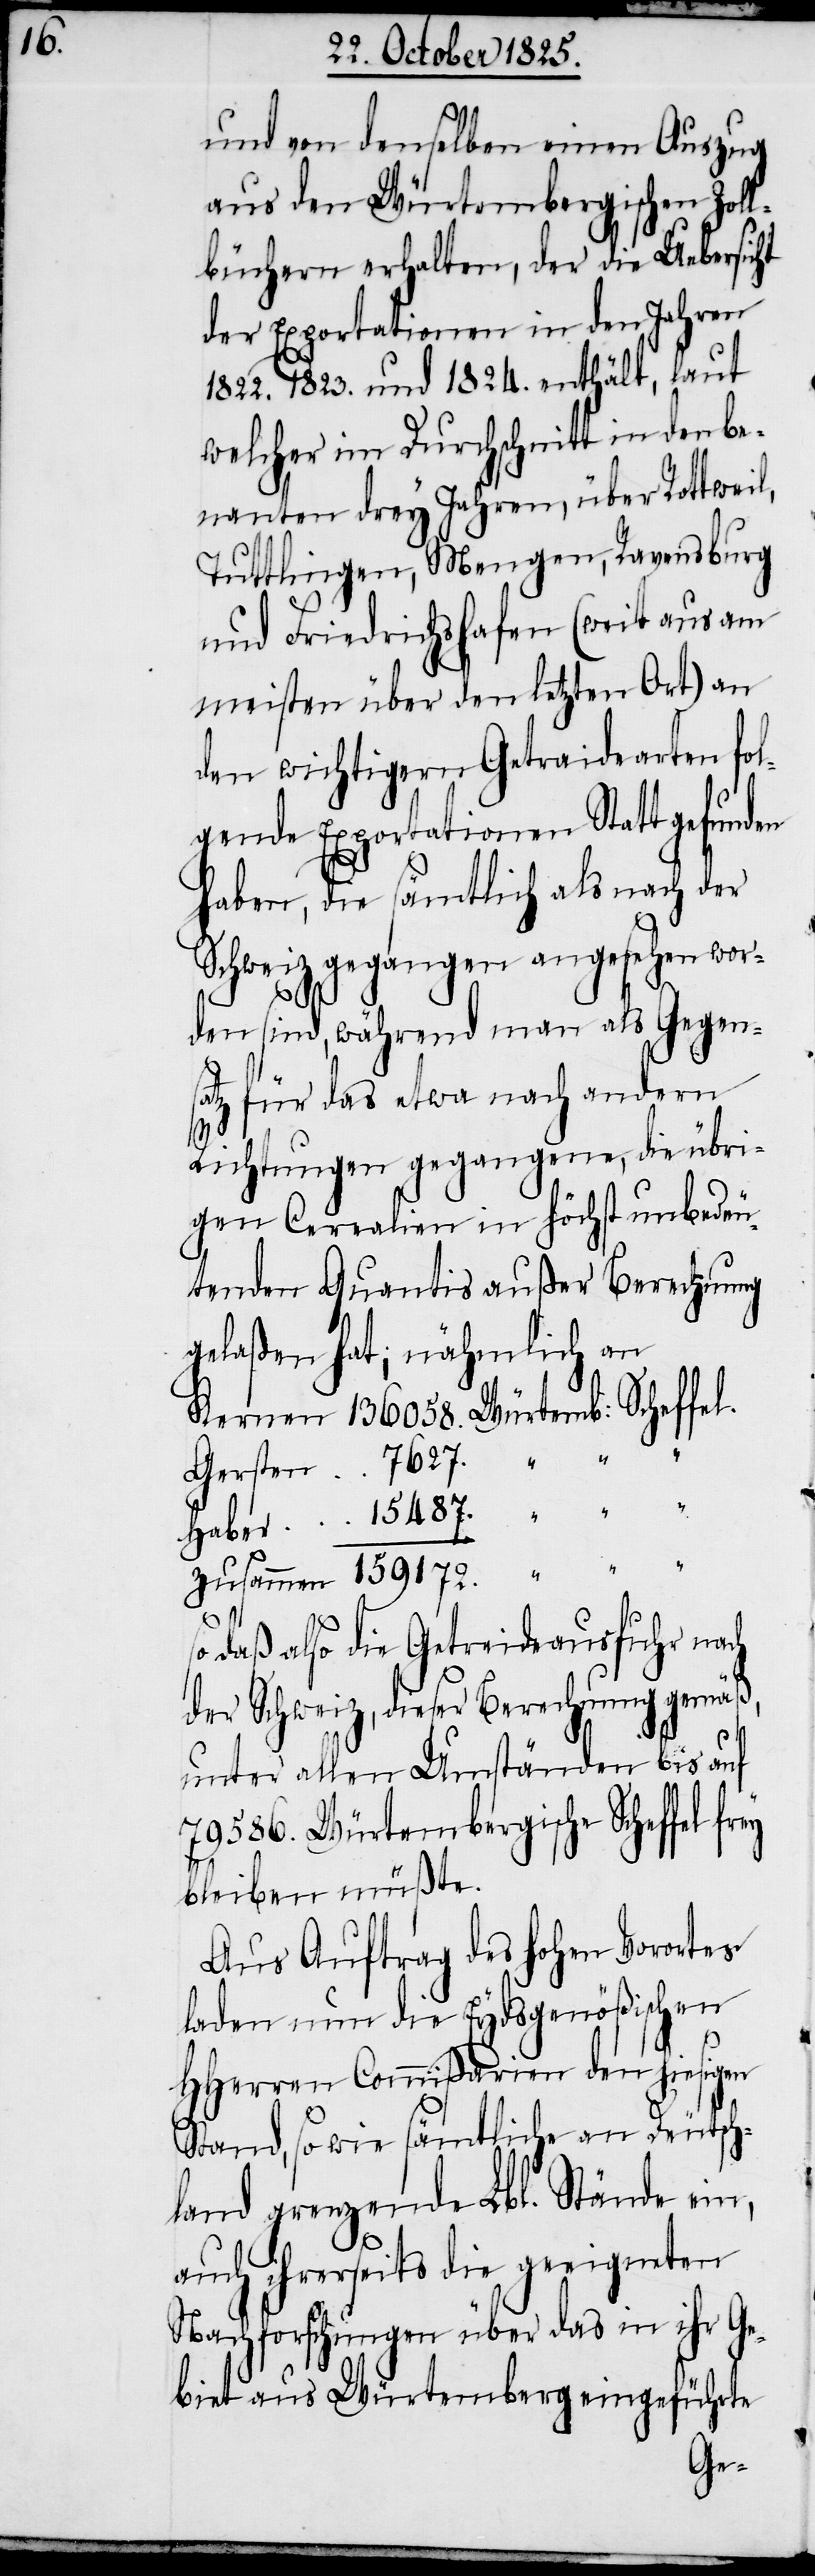
und von denselben einen Auszug
aus den Würtembergischen Zoll¬
büchern erhalten, der die Uebersicht
der Exportationen in den Jahren
1822. 1823. und 1824. enthält, laut
welcher im Durchschnitt in den be¬
nanten drey Jahren, über Rottweil,
Tuttlingen, Mengen, Ravensburg
und Friedrichshafen (weit aus am
meisten über den letzten Ort) an
den wichtigern Getraidearten fol¬
gende Exportationen Statt gefunden
haben, die sämtlich als nach der
Schweiz gegangen angesehen wor¬
den sind, während man als Gegen¬
satz für das etwa nach andern
Richtungen gegangene, die übri¬
gen Cerealien in höchst unbedeu¬
tenden Quantis außer Berrechnung
gelaßen hat; nähmlich an
daß also die Getreideausfuhr nach
der Schweiz, dieser Berechnung gemäß,
unter allen Umständen bis auf
79 586. Würtembergische Scheffel
bleiben müßte.
Aus Auftrag des hohen Vorortes
laden nun die Eydsgenößischen
HHerren Commißarien den hiesigen
Stand, so wie sämtliche an Deutsch¬
land grenzende Lbl. Stände ein,
auch ihrerseits die geeigneten
Nachfortschungen über das in ihr Ge¬
biet aus Würtemberg eingeführte